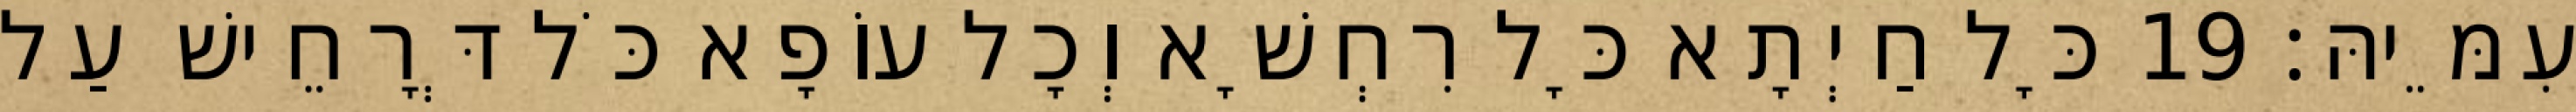
עִמֵּיהּ׃ 19 כָּל חַיְתָא כָּל רִחְשָׁא וְכָל עוֹפָא כֹּל דְּרָחֵישׁ עַל